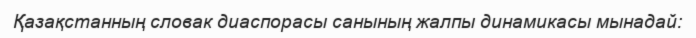
Қазақстанның словак диаспорасы санының жалпы динамикасы мынадай: